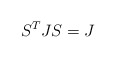
\begin{align*}S^T J S = J\end{align*}